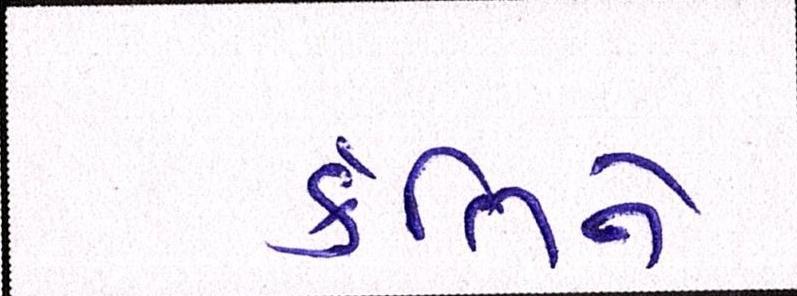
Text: ર્કતિને